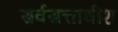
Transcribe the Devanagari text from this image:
सर्वसत्ताधीश